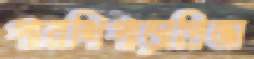
পারশিপাড়াপ্রিভা